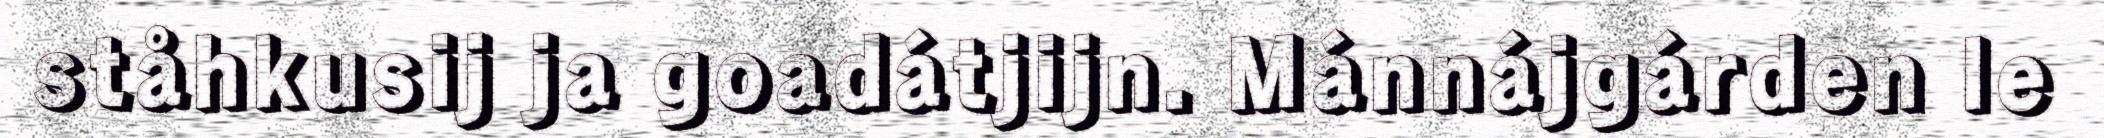
ståhkusij ja goadátjijn. Mánnájgárden le